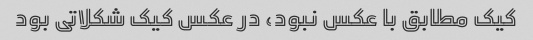
کیک مطابق با عکس نبود، در عکس کیک شکلاتی بود